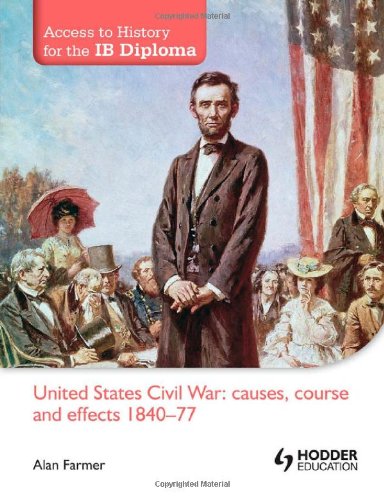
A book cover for United States Civil War: Causes, Course & Effects, 1840-77 (Access to History for the Ib Diploma); Alan Farmer; Teen & Young Adult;